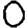
Digit: 0